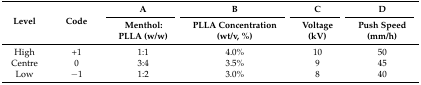
<table><thead><tr><td rowspan="2"><b>Level</b></td><td rowspan="2"><b>Code</b></td><td><b>A</b></td><td><b>B</b></td><td><b>C</b></td><td><b>D</b></td></tr><tr><td><b>Menthol: PLLA (w/w)</b></td><td><b>PLLA Concentration (wt/v, %)</b></td><td><b>Voltage (kV)</b></td><td><b>Push Speed (mm/h)</b></td></tr></thead><tbody><tr><td>High</td><td>+1</td><td>1:1</td><td>4.0%</td><td>10</td><td>50</td></tr><tr><td>Centre</td><td>0</td><td>3:4</td><td>3.5%</td><td>9</td><td>45</td></tr><tr><td>Low</td><td>−1</td><td>1:2</td><td>3.0%</td><td>8</td><td>40</td></tr></tbody></table>